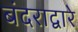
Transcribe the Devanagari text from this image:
बंदराद्वारे